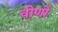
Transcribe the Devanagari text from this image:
वीणो